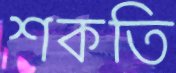
শকতি